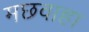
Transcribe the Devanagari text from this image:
मछवाहा